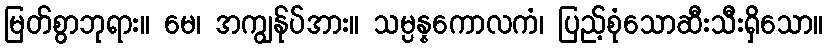
မြတ်စွာဘုရား။ မေ၊ အကျွန်ုပ်အား။ သမ္ပန္နကောလကံ၊ ပြည့်စုံသောဆီးသီးရှိသော။